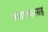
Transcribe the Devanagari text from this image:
कथानकासह